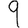
Digit: 9